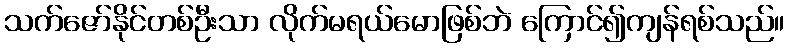
သက်ဇော်နိုင်တစ်ဦးသာ လိုက်မရယ်မောဖြစ်ဘဲ ကြောင်၍ကျန်ရစ်သည်။